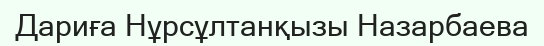
Дариға Нұрсұлтанқызы Назарбаева